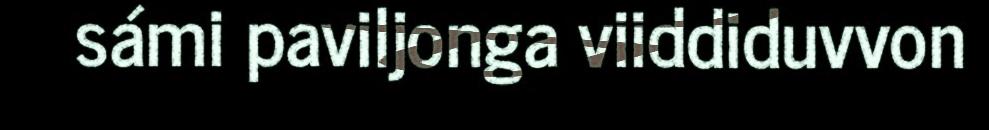
sámi paviljonga viiddiduvvon